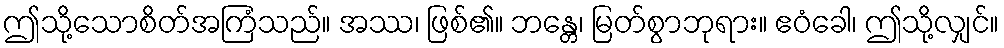
ဤသို့သောစိတ်အကြံသည်။ အဿ၊ ဖြစ်၏။ ဘန္တေ၊ မြတ်စွာဘုရား။ ဧဝံခေါ၊ ဤသို့လျှင်။